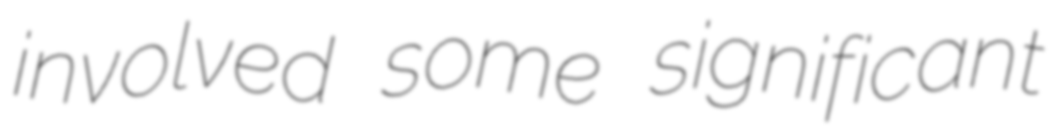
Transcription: involved some significant